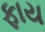
ફાય